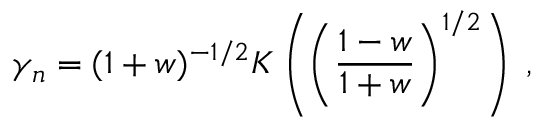
\gamma _ { n } = ( 1 + w ) ^ { - 1 / 2 } K \left( \left( \frac { 1 - w } { 1 + w } \right) ^ { 1 / 2 } \right) \; ,